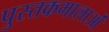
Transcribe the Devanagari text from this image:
पुस्तकमालाओं